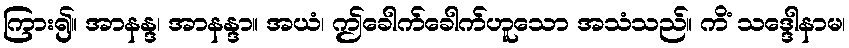
ကြား၍။ အာနန္ဒ၊ အာနန္ဒာ။ အယံ၊ ဤခေါက်ခေါက်ဟူသော အသံသည်။ ကိံ သဒ္ဒေါနာမ၊